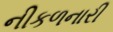
નીકળનારી